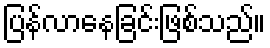
ပြန်လာနေခြင်းဖြစ်သည်။